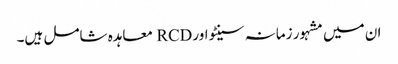
ان میں مشہور زمانہ سینٹو اور RCD معاہدہ شامل ہیں۔